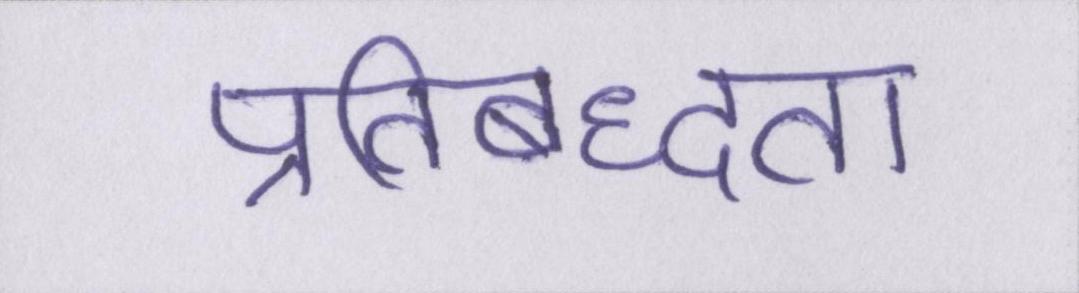
प्रतिबध्दता